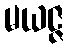
မယဇ္ဇ